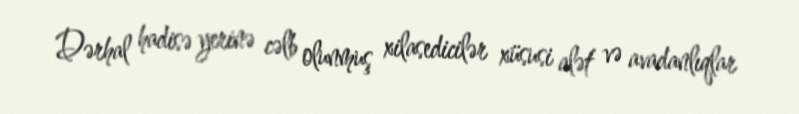
Dərhal hadisə yerinə cəlb olunmuş xilasedicilər xüsusi alət və avadanlıqlar